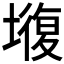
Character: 𡐣